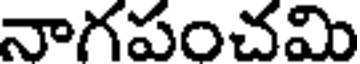
నాగపంచమి